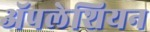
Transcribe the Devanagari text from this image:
ॲपलेशियन